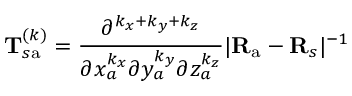
\mathbf { T } _ { s \mathrm { a } } ^ { ( k ) } = \frac { \partial ^ { k _ { x } + k _ { y } + k _ { z } } } { \partial x _ { a } ^ { k _ { x } } \partial y _ { a } ^ { k _ { y } } \partial z _ { a } ^ { k _ { z } } } | \mathbf { R } _ { \mathrm { a } } - \mathbf { R } _ { s } | ^ { - 1 }